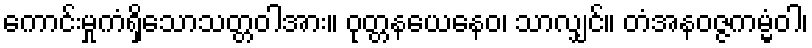
ကောင်းမှုကံရှိသောသတ္တဝါအား။ ဝုတ္တနယေနေဝ၊ သာလျှင်။ တံအနဝဇ္ဇကမ္မံဝါ၊